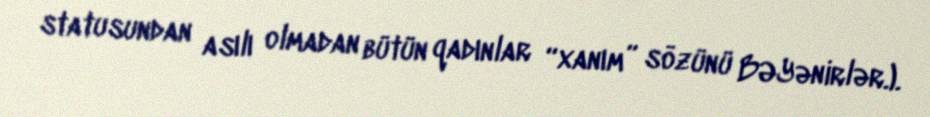
statusundan asılı olmadan bütün qadınlar “xanım” sözünü BƏYənirlər.).